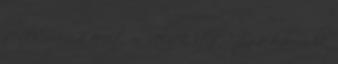
senki. -Mi a fenét művelnek itt? Ez a harmadik